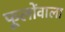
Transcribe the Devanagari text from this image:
फूलोंवाला